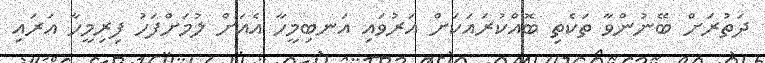
ދަތުރަށް ބޭނުންވާ ތަކެތި ބޮއްކުރައަކަށް އަރުވައި އަނބިމީހާ އެއަށް ލުމަށްފަހު ފިރިމީހާ އަރައި